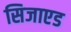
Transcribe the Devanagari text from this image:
सिजाएड